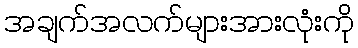
အချက်အလက်များအားလုံးကို